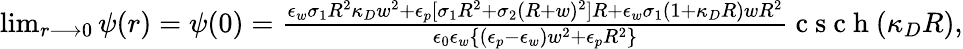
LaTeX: \begin{array}{r}{\operatorname*{lim}_{r\longrightarrow 0}\psi(r)=\psi(0)=\frac{\epsilon_{w}\sigma_{1}R^{2}\kappa_{D}w^{2}+\epsilon_{p}[\sigma_{1}R^{2}+\sigma_{2}(R+w)^{2}]R+\epsilon_{w}\sigma_{1}(1+\kappa_{D}R)wR^{2}}{\epsilon_{0}\epsilon_{w}\{ (\epsilon_{p}-\epsilon_{w})w^{2}+\epsilon_{p}R^{2}\} }\mathrm{~c~s~c~h~}(\kappa_{D}R),}\end{array}